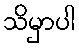
သိမှာပါ